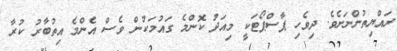
ރައްޔިތުންނަށެވެ. ދިވެހި ޕާސްޕޯޓަކީ މިއަދު ކޮންމެ ގައުމަކުން ވެސް އެންމެ އިތުބާރު ކުރާ